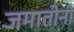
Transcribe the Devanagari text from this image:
जमातीनी